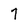
Character: 7